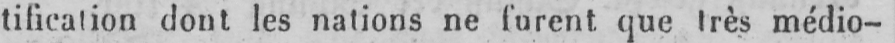
tification dont les nations ne furent que très médio-